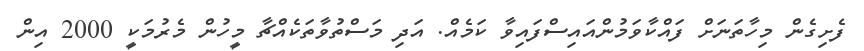
ފެށިގެން މިހާތަނަށް ފައްކާވަމުންއައިސްފައިވާ ކަމެއް. އަދި މަސްތުވާތަކެއްޗާ މީހުން މެރުމަކީ 2000 އިން